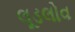
લૂડલોવ